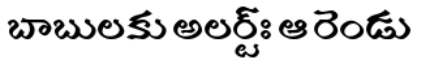
బాబులకు అలర్ట్ః ఆ రెండు